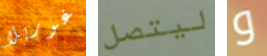
غوريلا ليتصل و